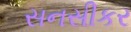
સનસીકર